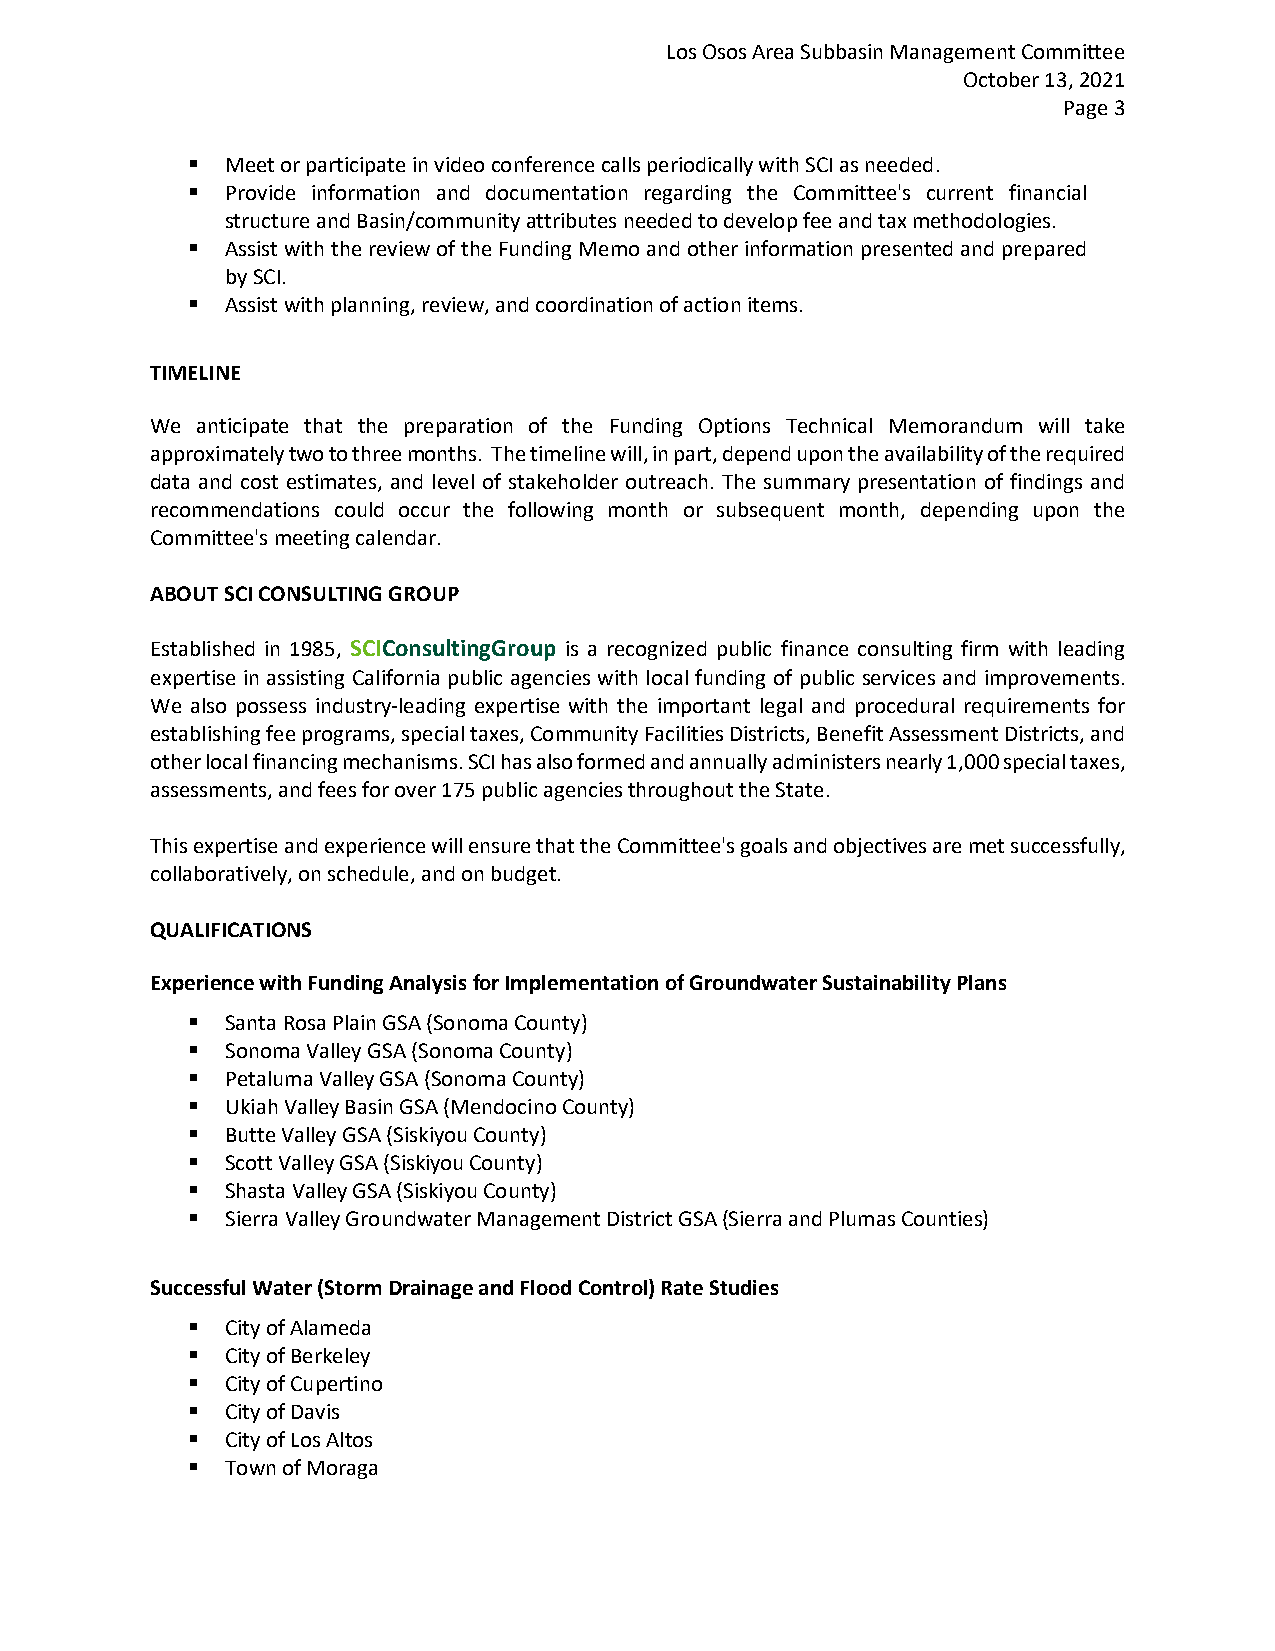
Los Osos Area Subbasin Management Committee
 October 13, 2021
 Page 3
 ▪  Meet or participate in video conference calls periodically with SCI as needed.
 ▪  Provide information and documentation regarding the Committee's current financial
 structure and Basin/community attributes needed to develop fee and tax methodologies.
 ▪  Assist with the review of the Funding Memo and other information presented and prepared
 by SCI.
 ▪  Assist with planning, review, and coordination of action items.
 TIMELINE
 We anticipate that the preparation of the Funding Options Technical Memorandum will take
 approximately two to three months. The timeline will, in part, depend upon the availability of the required
 data and cost estimates, and level of stakeholder outreach. The summary presentation of findings and
 recommendations could occur the following month or subsequent month, depending upon the
 Committee's meeting calendar.
 ABOUT SCI CONSULTING GROUP
 Established in 1985, SCIConsultingGroup is a recognized public finance consulting firm with leading
 expertise in assisting California public agencies with local funding of public services and improvements.
 We also possess industry-leading expertise with the important legal and procedural requirements for
 establishing fee programs, special taxes, Community Facilities Districts, Benefit Assessment Districts, and
 other local financing mechanisms. SCI has also formed and annually administers nearly 1,000 special taxes,
 assessments, and fees for over 175 public agencies throughout the State.
 This expertise and experience will ensure that the Committee's goals and objectives are met successfully,
 collaboratively, on schedule, and on budget.
 QUALIFICATIONS
 Experience with Funding Analysis for Implementation of Groundwater Sustainability Plans
 ▪  Santa Rosa Plain GSA (Sonoma County)
 ▪  Sonoma Valley GSA (Sonoma County)
 ▪  Petaluma Valley GSA (Sonoma County)
 ▪  Ukiah Valley Basin GSA (Mendocino County)
 ▪  Butte Valley GSA (Siskiyou County)
 ▪  Scott Valley GSA (Siskiyou County)
 ▪  Shasta Valley GSA (Siskiyou County)
 ▪  Sierra Valley Groundwater Management District GSA (Sierra and Plumas Counties)
 Successful Water (Storm Drainage and Flood Control) Rate Studies
 ▪  City of Alameda
 ▪  City of Berkeley
 ▪  City of Cupertino
 ▪  City of Davis
 ▪  City of Los Altos
 ▪  Town of Moraga